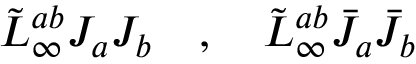
\tilde { L } _ { \infty } ^ { a b } J _ { a } J _ { b } \quad , \quad \tilde { L } _ { \infty } ^ { a b } \bar { J } _ { a } \bar { J } _ { b }